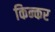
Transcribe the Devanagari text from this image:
किन्कर